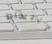
البساط